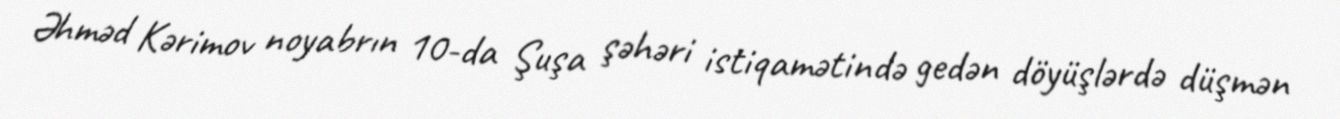
Əhməd Kərimov noyabrın 10-da Şuşa şəhəri istiqamətində gedən döyüşlərdə düşmən